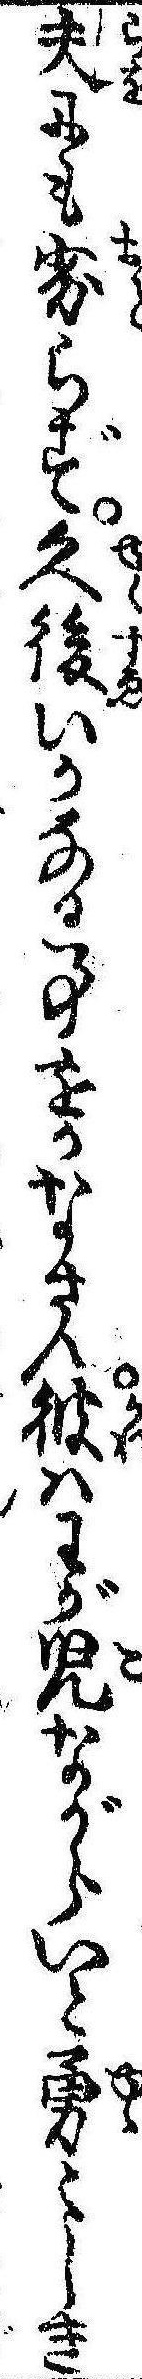
夫にも劣らず久後いかなる事をかなさん彼はわが児ながらいと勇しき